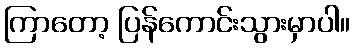
ကြာတော့ ပြန်ကောင်းသွားမှာပါ။